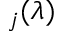
_ j ( \lambda )